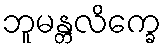
ဘူမန္တလိက္ခေ